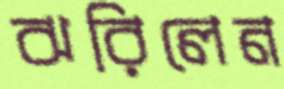
ঝরিলেন